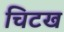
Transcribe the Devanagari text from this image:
चिटख